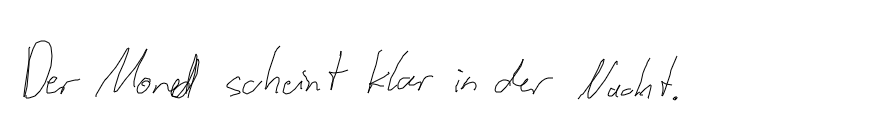
Der Mond scheint klar in der Nacht.